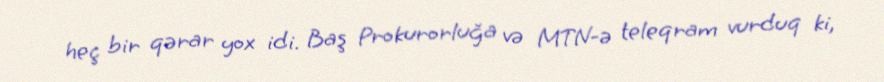
heç bir qərar yox idi. Baş Prokurorluğa və MTN-ə teleqram vurduq ki,